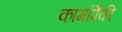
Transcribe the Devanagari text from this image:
कामांपैकी